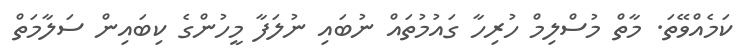
ކަމެއްވޭތަ. މާތް މުސްލިމް ހުރިހާ ގައުމުތައް ނުބައި ނުލަފާ މީހުންގެ ކިބައިން ސަލާމަތް